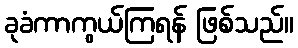
ခုခံကာကွယ်ကြရန် ဖြစ်သည်။